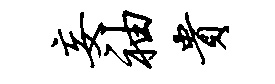
妄袖贵